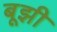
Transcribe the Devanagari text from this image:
बूझी